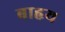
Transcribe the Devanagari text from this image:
बाहृय